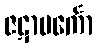
ဇဋာပင်္ကော